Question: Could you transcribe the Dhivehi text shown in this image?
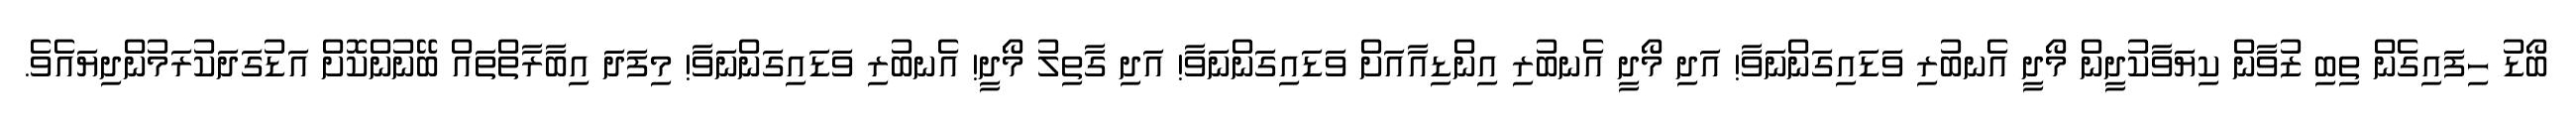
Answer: ބޯޑު ހިފައިގެން ތިބި ޒުވާން ކިޔަވާކުދީން މޯދީ އެނބުރި ވަޑައިގަންނަވާ! އަދި މޯދީ އެނބުރި އިންޑިއާއަށް ވަޑައިގަންނަވާ! އަދި ގާތިލު މޯދީ! އެނބުރި ވަޑައިގަންނަވާ! މިފަދަ އިބާރާތްތައް ބޭނުންކޮށް އަޑުގަދަކުރަމުންދިޔައެވެ.